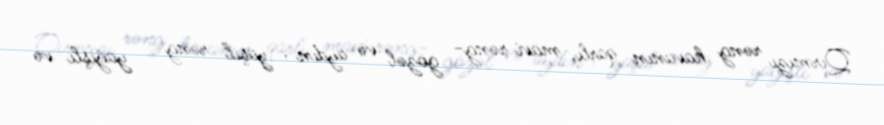
Qırmızı rəng havanın qarlı, mavi rəng- gözəl və aydın , yaşıl rəng - yağışlı və